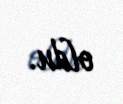
oldu.